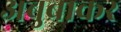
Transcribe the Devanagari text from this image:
अबुबाकर